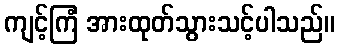
ကျင့်ကြံ အားထုတ်သွားသင့်ပါသည်။